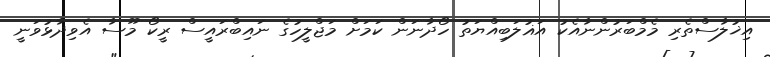
އިޚުލާސްތެރި މެމްބަރުންނާއެކު އަޣުލަބިއްޔަތު ހޯދާނަން ކަމަށް މަޖްލީހުގެ ނައިބްރައީސް ރީކޯ މޫސާ އެވިދާޅުވަނީ